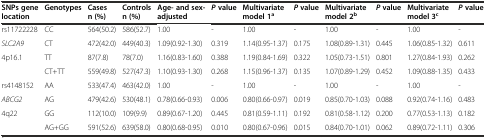
<table><thead><tr><td><b>SNPs gene location</b></td><td><b>Genotypes</b></td><td><b>Cases n (%)</b></td><td><b>Controls n (%)</b></td><td><b>Age- and sex- adjusted</b></td><td><b><i>P</i>value</b></td><td><b>Multivariate model 1<sup>a</sup></b></td><td><b><i>P</i>value</b></td><td><b>Multivariate model 2<sup>b</sup></b></td><td><b><i>P</i>value</b></td><td><b>Multivariate model 3<sup>c</sup></b></td><td><b><i>P</i>value</b></td></tr></thead><tbody><tr><td>rs11722228</td><td>CC</td><td>564(50.2)</td><td>586(52.7)</td><td>1.00</td><td>-</td><td>1.00</td><td>-</td><td>1.00</td><td>-</td><td>1.00</td><td>-</td></tr><tr><td><i>SLC2A9</i></td><td>CT</td><td>472(42.0)</td><td>449(40.3)</td><td>1.09(0.92-1.30)</td><td>0.319</td><td>1.14(0.95-1.37)</td><td>0.175</td><td>1.08(0.89-1.31)</td><td>0.445</td><td>1.06(0.85-1.32)</td><td>0.611</td></tr><tr><td>4p16.1</td><td>TT</td><td>87(7.8)</td><td>78(7.0)</td><td>1.16(0.83-1.60)</td><td>0.388</td><td>1.19(0.84-1.69)</td><td>0.322</td><td>1.05(0.73-1.51)</td><td>0.801</td><td>1.27(0.84-1.93)</td><td>0.262</td></tr><tr><td>[EMPTY_CELL]</td><td>CT+TT</td><td>559(49.8)</td><td>527(47.3)</td><td>1.10(0.93-1.30)</td><td>0.268</td><td>1.15(0.96-1.37)</td><td>0.135</td><td>1.07(0.89-1.29)</td><td>0.452</td><td>1.09(0.88-1.35)</td><td>0.433</td></tr><tr><td>rs4148152</td><td>AA</td><td>533(47.4)</td><td>463(42.0)</td><td>1.00</td><td>-</td><td>1.00</td><td>-</td><td>1.00</td><td>-</td><td>1.00</td><td>-</td></tr><tr><td><i>ABCG2</i></td><td>AG</td><td>479(42.6)</td><td>530(48.1)</td><td>0.78(0.66-0.93)</td><td>0.006</td><td>0.80(0.66-0.97)</td><td>0.019</td><td>0.85(0.70-1.03)</td><td>0.088</td><td>0.92(0.74-1.16)</td><td>0.483</td></tr><tr><td>4q22</td><td>GG</td><td>112(10.0)</td><td>109(9.9)</td><td>0.89(0.67-1.20)</td><td>0.445</td><td>0.81(0.59-1.11)</td><td>0.192</td><td>0.81(0.58-1.12)</td><td>0.200</td><td>0.77(0.53-1.13)</td><td>0.182</td></tr><tr><td>[EMPTY_CELL]</td><td>AG+GG</td><td>591(52.6)</td><td>639(58.0)</td><td>0.80(0.68-0.95)</td><td>0.010</td><td>0.80(0.67-0.96)</td><td>0.015</td><td>0.84(0.70-1.01)</td><td>0.062</td><td>0.89(0.72-1.11)</td><td>0.306</td></tr></tbody></table>